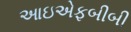
આઇએફબીબી